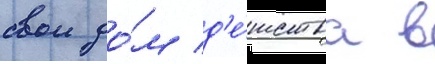
свои до́м д'е́тства в